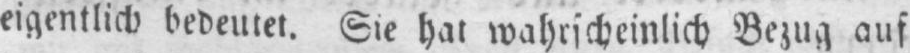
eigentlich bedeutet. Sie hat wahrscheinlich Bezug auf